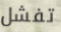
تفشل